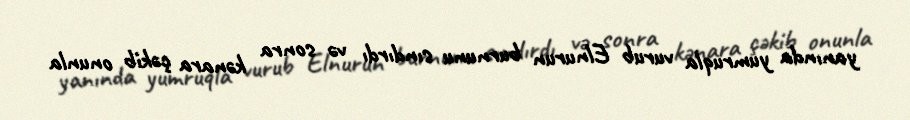
yanında yumruqla vurub Elnurun burnunu sındırdı və sonra kənara çəkib onunla